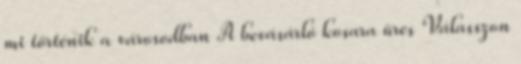
mi történik a városodban A bevásárló kosara üres Válasszon